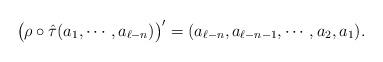
LaTeX: \begin{align*}\bigl(\rho\circ\hat{\tau}(a_1,\cdots,a_{\ell-n})\bigr)'=(a_{\ell-n},a_{\ell-n-1},\cdots,a_2,a_1) .\end{align*}